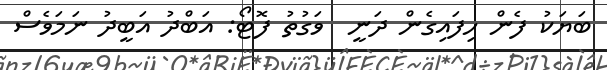
ބަޔަކު ފެން ހިފައިގެން ދަނީ  ވަގުތު ފޮޓޯ: އަބްދު އަބީދު ނަމަވެސް